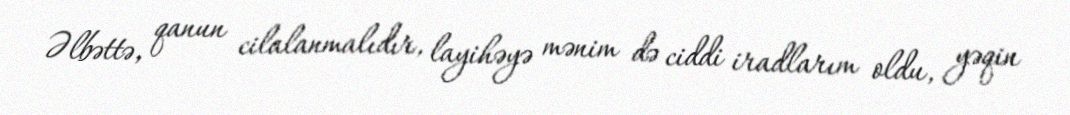
Əlbəttə, qanun cilalanmalıdır, layihəyə mənim də ciddi iradlarım oldu, yəqin